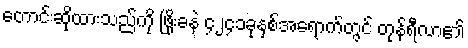
တောင်းဆိုထားသည်ကို ဖြိုးခနဲ ၄၂၄၁ခုနှစ်အရောက်တွင် တုန်ရီလာ၏